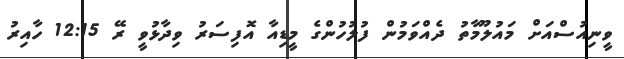
ވީނިއުސްއަށް މައުލޫމާތު ދެއްވަމުން ފުލުހުންގެ މީޑިއާ އޮފިސަރު ވިދާޅުވީ ރޭ 12:15 ހާއިރު